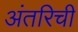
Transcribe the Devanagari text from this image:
अंतरिची